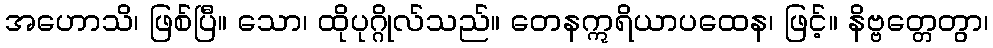
အဟောသိ၊ ဖြစ်ပြီ။ သော၊ ထိုပုဂ္ဂိုလ်သည်။ တေနဣရိယာပထေန၊ ဖြင့်။ နိဗ္ဗတ္တေတွာ၊